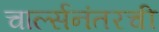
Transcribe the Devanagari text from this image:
चार्ल्सनंतरची